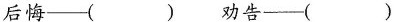
后悔—( ) 劝告—( )